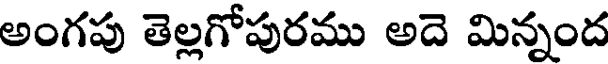
అంగపు తెల్లగోపురము అదె మిన్నంద